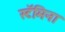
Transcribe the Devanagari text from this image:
स्टॅमिना